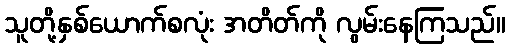
သူတို့နှစ်ယောက်စလုံး အတိတ်ကို လွမ်းနေကြသည်။